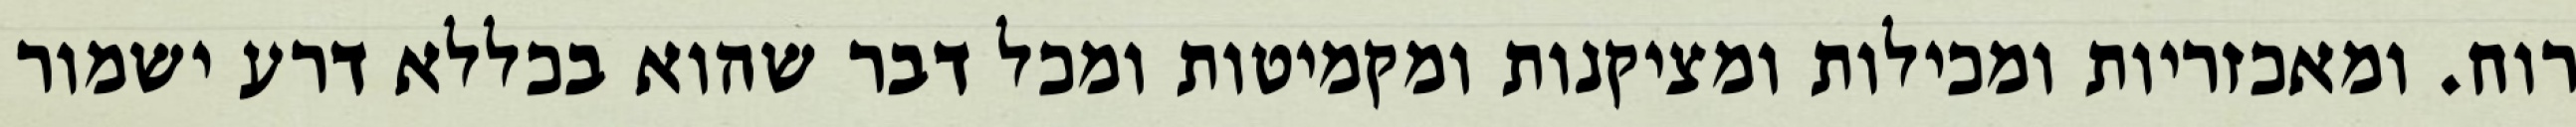
רוח. ומאכזריות ומכילות ומציקנות ומקמיטות ומכל דבר שהוא בכללא דרע ישמור